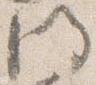
門